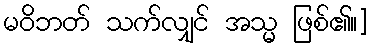
မဝိဘတ် သက်လျှင် အသ္မ ဖြစ်၏။]